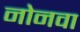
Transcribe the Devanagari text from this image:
नोनवा